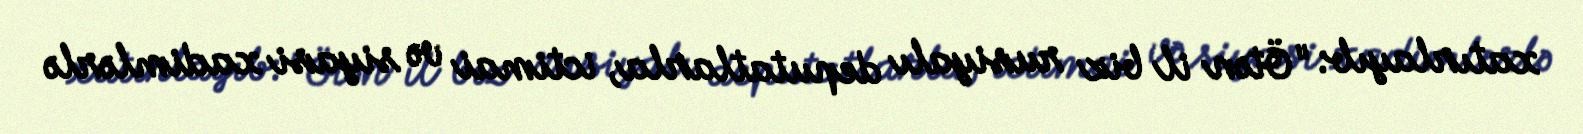
xatırlayıb: "Ötən il biz rusiyalı deputatlarla, ictimai və siyasi xadimlərlə